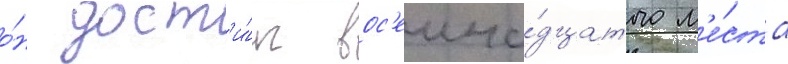
о́н дост'и́г вос'емна́дцатого м'е́ста